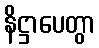
နိဋ္ဌာပေတွာ